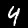
Digit: 4